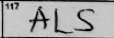
Transcription: ALS